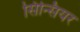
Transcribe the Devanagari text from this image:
सिन्सियर